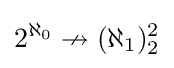
2^{\aleph _{0}}\nrightarrow (\aleph _{1})_{2}^{2}